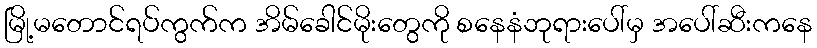
မြို့မတောင်ရပ်ကွက်က အိမ်ခေါင်မိုးတွေကို စနေနံဘုရားပေါ်မှ အပေါ်ဆီးကနေ